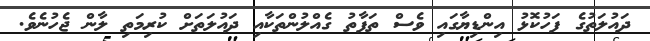
ދައުލަތުގެ ފަހުކޮޅު އިންޑިޔާގައި ވެސް ތަފާތު ގެއްލުންތަކާއި ދައުލަތަށް ކުރިމަތި ލާން ޖެހުނެވެ.